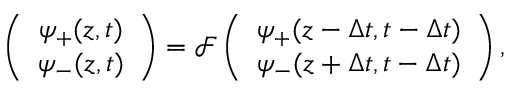
\left( \begin{array} { c } { { \psi _ { + } ( z , t ) } } \\ { { \psi _ { - } ( z , t ) } } \end{array} \right) = \mathcal { F } \left( \begin{array} { c } { { \psi _ { + } ( z - \Delta t , t - \Delta t ) } } \\ { { \psi _ { - } ( z + \Delta t , t - \Delta t ) } } \end{array} \right) ,